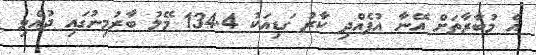
އެ މުބާރާތަށް އޭނާ އުފެއްދި ކާރު ގަޑިއަކު 134.4 މޭލު ބާރުމިނުގައި ދުއްވި